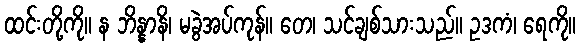
ထင်းတို့ကို။ န ဘိန္နာနိ၊ မခွဲအပ်ကုန်။ တေ၊ သင်ချစ်သားသည်။ ဥဒကံ၊ ရေကို။